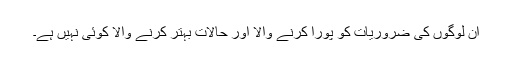
ان لوگوں کی ضروریات کو پورا کرنے والا اور حالات بہتر کرنے والا کوئی نہیں ہے۔